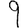
Digit: 9